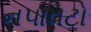
નપાવટો